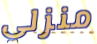
منزلي